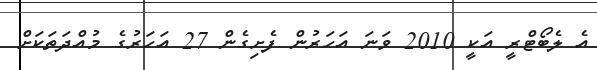
އެ ލެބޯޓްރީ އަކީ 2010 ވަނަ އަހަރުން ފެށިގެން 27 އަހަރުގެ މުއްދަތަކަށް